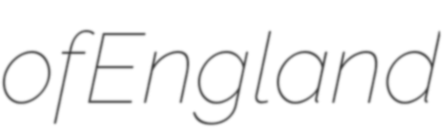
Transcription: of England